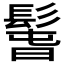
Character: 𩭱